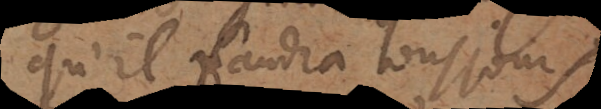
qu’il faudra tousjours